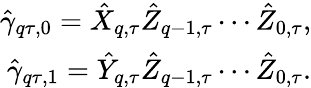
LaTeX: \begin{array}{r}{\hat{\gamma}_{q\tau,0}=\hat{X}_{q,\tau}\hat{Z}_{q-1,\tau}\cdots\hat{Z}_{0,\tau},}\\ {\hat{\gamma}_{q\tau,1}=\hat{Y}_{q,\tau}\hat{Z}_{q-1,\tau}\cdots\hat{Z}_{0,\tau}.}\end{array}